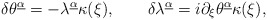
\begin{align*}\delta\theta^{\underline\alpha}=-\lambda^{\underline\alpha}\kappa(\xi),\qquad\delta\lambda^{\underline\alpha}=i\partial_\xi\theta^{\underline\alpha}\kappa(\xi),\end{align*}